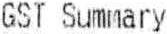
GST SUMMARY